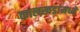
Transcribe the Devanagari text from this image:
कालखडांमध्ये